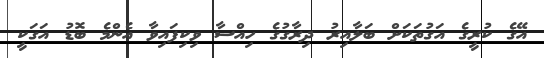
އޭގެ ކުރީގެ އަގުތަކަށް ބަލާއިރު ދިރާގުގެ ހިއްސާ ވިކިފައިވާ އެންމެ ބޮޑު އަގަކީ